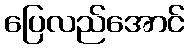
ပြေလည်အောင်